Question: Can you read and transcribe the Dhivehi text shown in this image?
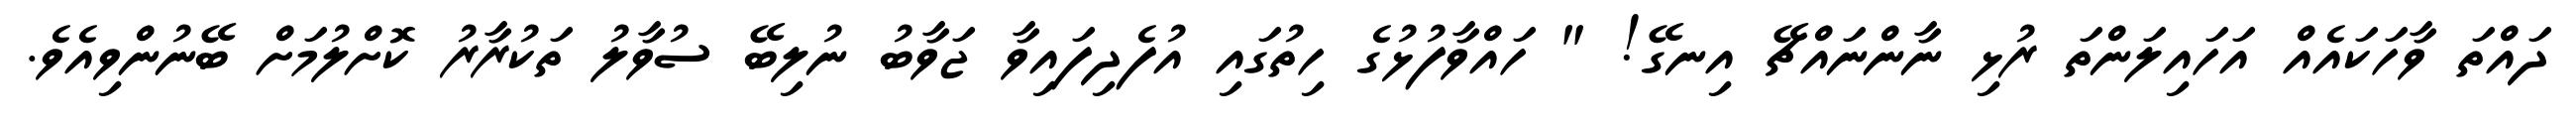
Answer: ދައްތަ ވާހަކައެއް އަހައިލަންތަ ރުޅި ނާންނައްޗޭ އިނގޭ! " ހައްވާފުޅުގެ ހިތުގައި އުފެދިފައިވާ ޖަވާބު ނުލިބޭ ސުވާލު ތަކުރާރު ކޮށްލުމަށް ބޭނުންވިއެވެ.